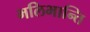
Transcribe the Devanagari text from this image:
भलिभान्ति